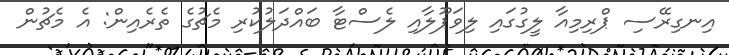
އިނގިރޭސި ޕްރިމިއާ ލީގުގައި ލިވަޕޫލާއި ލެސްޓާ ބައްދަލުކުރި މެޗުގެ ތެރެއިން: އެ މެޗުން